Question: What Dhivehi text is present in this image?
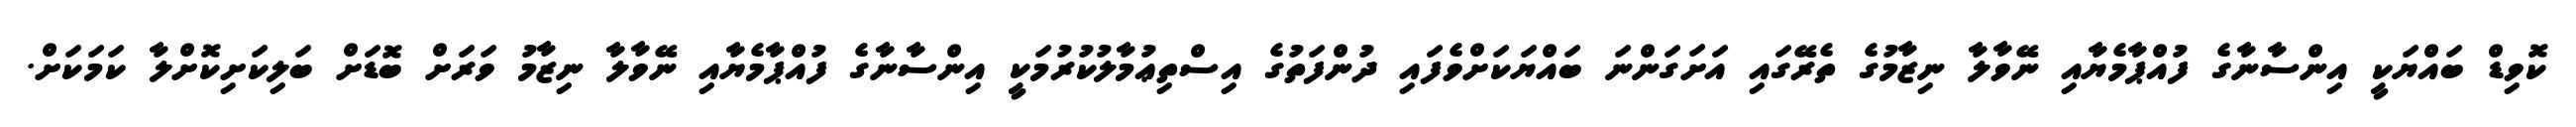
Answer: ކޮވިޑް ބައްޔަކީ އިންސާނާގެ ފުއްޕާމެޔާއި ނޭވާލާ ނިޒާމުގެ ތެރޭގައި އަށަގަންނަ ބައްޔަކަށްވެފައި ދުންފަތުގެ އިސްތިޢުމާލުކުރުމަކީ އިންސާނާގެ ފުއްޕާމެޔާއި ނޭވާލާ ނިޒާމު ވަރަށް ބޮޑަށް ބަލިކަށިކޮށްލާ ކަމަކަށް.